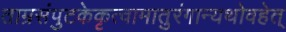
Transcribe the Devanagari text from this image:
ताम्रसंपुटकेकृत्वामातुरंगान्यथोवहेत्